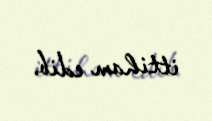
ittiham edib.